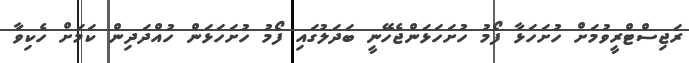
ރަޖިސްޓްރީވުމަށް ހުށަހަޅާ ފޯމު ހުށަހަޅަންޖެހޭނީ ބަދަލުގައި ފޯމު ހުށަހަޅަން ހުއްދަދިން ކަމަށް ހެކިވާ